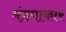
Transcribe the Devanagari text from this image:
मंडपाकार